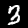
Digit: 3